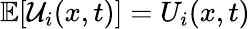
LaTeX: \mathbb{E}[{\mathcal{U}}_{i}(x,t)]=U_{i}(x,t)